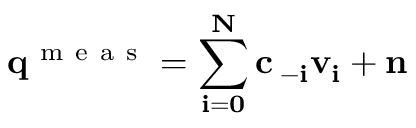
\bf q _ { \tau } ^ { \mathrm { ~ m ~ e ~ a ~ s ~ } } = \sum _ { i = 0 } ^ { N } c _ { { \tau - i } } v _ { i } + { n _ { \tau } }